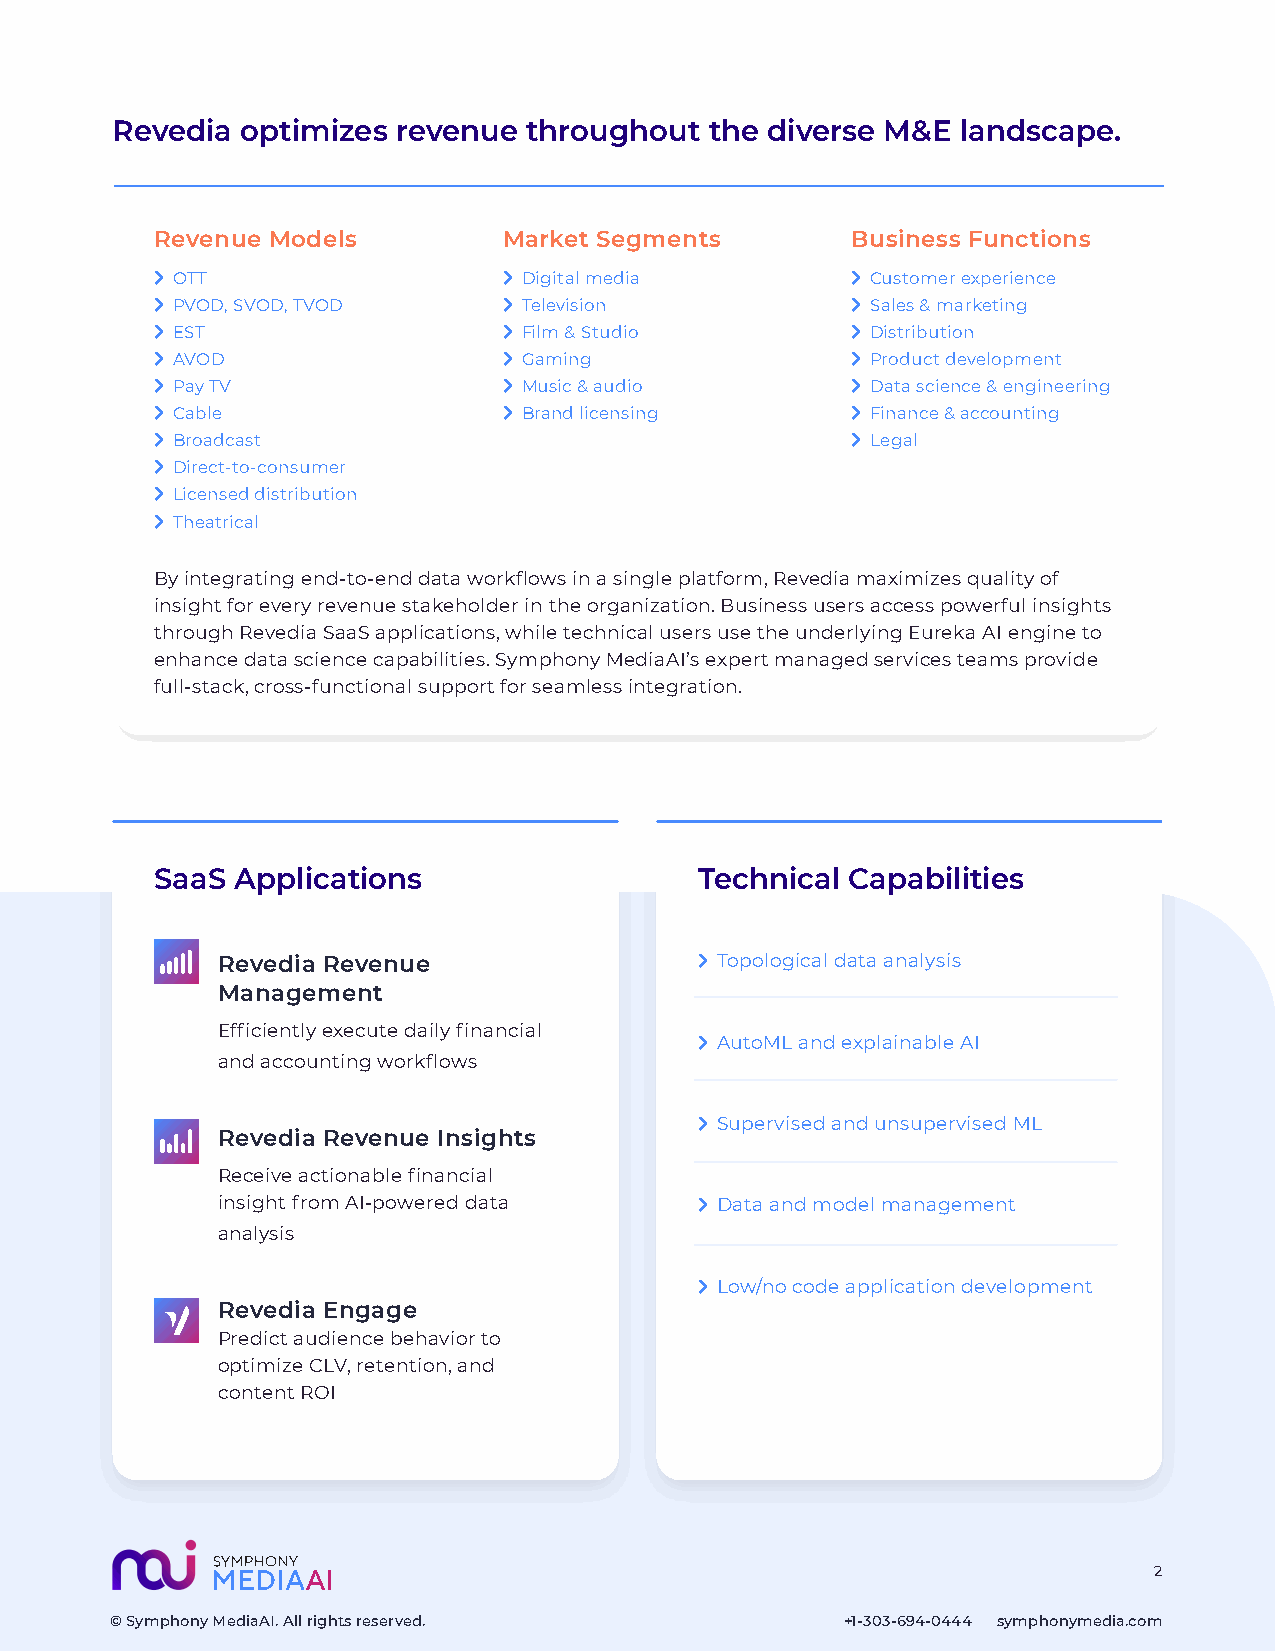
Revedia  optimizes revenue  throughout  the diverse M&E  landscape.
 Revenue Models         Market Segments        Business Functions
  OTT                   Digital media         Customer experience
  PVOD, SVOD, TVOD      Television            Sales & marketing
  EST                   Film & Studio         Distribution
  AVOD                  Gaming                Product development
  Pay TV                Music & audio         Data science & engineering
  Cable                 Brand licensing       Finance & accounting
  Broadcast                                    Legal
  Direct-to-consumer
  Licensed distribution
  Theatrical
 By integrating end-to-end data workflows in a single platform, Revedia maximizes quality of
 insight for every revenue stakeholder in the organization. Business users access powerful insights
 through Revedia SaaS applications, while technical users use the underlying Eureka AI engine to
 enhance data science capabilities. Symphony MediaAI’s expert managed services teams provide
 full-stack, cross-functional support for seamless integration.
 SaaS  Applications                  Technical Capabilities
 Revedia Revenue                  Topological data analysis
 Management
 Efficiently execute daily financial
  AutoML and explainable AI
 and accounting workflows
  Supervised and unsupervised ML
 Revedia Revenue Insights
 Receive actionable financial
 insight from AI-powered data     Data and model management
 analysis
  Low/no code application development
 Revedia Engage
 Predict audience behavior to
 optimize CLV, retention, and
 content ROI
 22
 ©© SSyymmpphhoonnyy MMeeddiiaaAAII.. AAllll rriigghhttss rreesseerrvveedd.. ++11--330033--669944--00444444 ssyymmpphhoonnyymmeeddiiaa..ccoomm